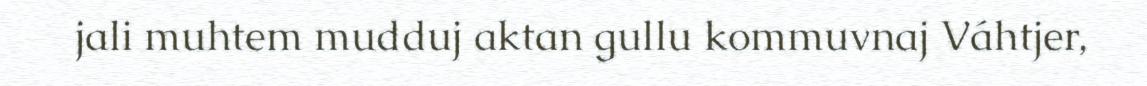
jali muhtem mudduj aktan gullu kommuvnaj Váhtjer,